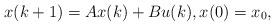
LaTeX: \begin{align*}x(k+1)=Ax(k)+Bu(k),x(0)=x_0,\end{align*}